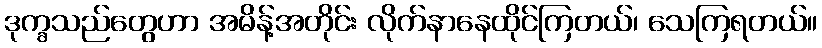
ဒုက္ခသည်တွေဟာ အမိန့်အတိုင်း လိုက်နာနေထိုင်ကြတယ်၊ သေကြရတယ်။